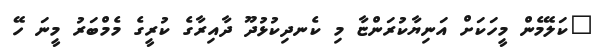
"ކަލޭމެން މީހަކަށް އަނިޔާކުރަންޏާ މި ކެނދިކުޅުދޫ ދާއިރާގެ ކުރީގެ މެމްބަރު މީނަ ހޭ